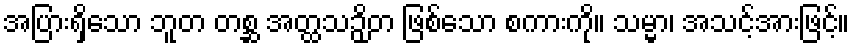
အပြားရှိသော ဘူတ တစ္ဆ အတ္ထသဉှိတ ဖြစ်သော စကားကို။ သမ္မာ၊ အသင့်အားဖြင့်။